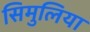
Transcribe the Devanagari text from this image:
सिमुलिया